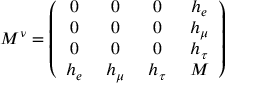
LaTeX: M ^ { \nu } = \left( \begin{array} { c c c c } { { 0 \, } } & { { \, 0 \, } } & { { \, 0 \, } } & { { \, h _ { e } } } \\ { { 0 \, } } & { { \, 0 \, } } & { { \, 0 \, } } & { { \, h _ { \mu } } } \\ { { 0 \, } } & { { \, 0 \, } } & { { \, 0 \, } } & { { \, h _ { \tau } } } \\ { { h _ { e } \, } } & { { \, h _ { \mu } \, } } & { { \, h _ { \tau } \, } } & { { \, M } } \end{array} \right)